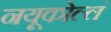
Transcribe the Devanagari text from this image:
नयूकोल्लं